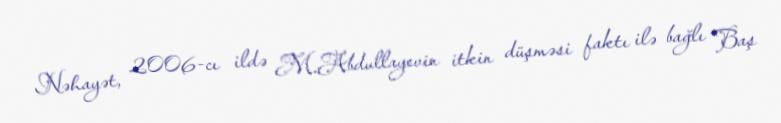
Nəhayət, 2006-cı ildə M.Abdullayevin itkin düşməsi faktı ilə bağlı Baş